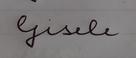
Signature authenticity: forged